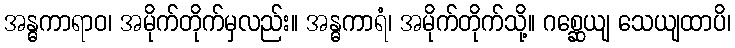
အန္ဓကာရာဝ၊ အမိုက်တိုက်မှလည်း။ အန္ဓကာရံ၊ အမိုက်တိုက်သို့။ ဂစ္ဆေယျ သေယျထာပိ၊